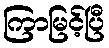
ကြာမြင့်ပြီ